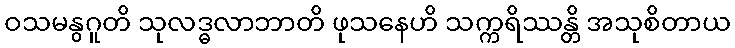
ဝသမနွဂူတိ သုလဒ္ဓလာဘာတိ ဖုသနေဟိ သက္ကရိဿန္တိ အသုစိတာယ